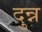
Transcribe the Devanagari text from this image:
दुन्न